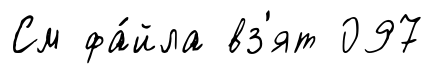
См фа́йла вз'ят 097